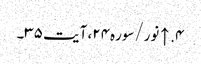
۴. ↑ نور/سوره۲۴، آیت ۳۵۔